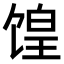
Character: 𫗮